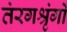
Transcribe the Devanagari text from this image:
तंरगश्रृंगों